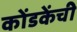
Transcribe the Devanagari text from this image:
कोंडकेंची